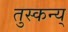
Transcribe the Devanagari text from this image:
तुस्कन्य्